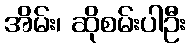
အိမ်း၊ ဆိုစမ်းပါဦး